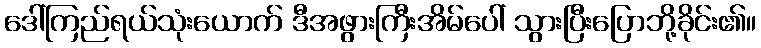
ဒေါ်ကြည်ရယ်သုံးယောက် ဒီအဖွားကြီးအိမ်ပေါ် သွားပြီးပြောဘို့ခိုင်း၏။